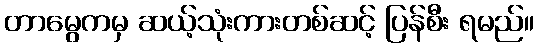
တာမွေကမှ ဆယ့်သုံးကားတစ်ဆင့် ပြန်စီး ရမည်။